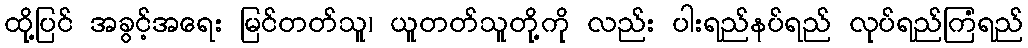
ထို့ပြင် အခွင့်အရေး မြင်တတ်သူ၊ ယူတတ်သူတို့ကို လည်း ပါးရည်နပ်ရည် လုပ်ရည်ကြံရည်